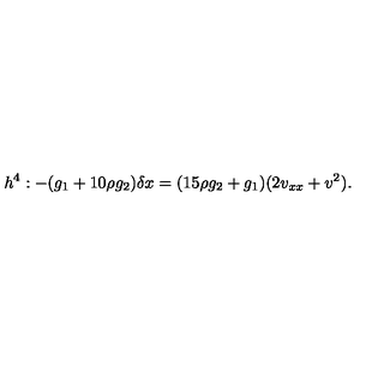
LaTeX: h ^ { 4 } : - ( g _ { 1 } + 1 0 \rho g _ { 2 } ) \delta x = ( 1 5 \rho g _ { 2 } + g _ { 1 } ) ( 2 v _ { x x } + v ^ { 2 } ) .